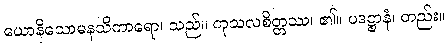
ယောနိသောမနသိကာရော၊ သည်။ ကုသလစိတ္တဿ၊ ၏။ ပဒဋ္ဌာနံ၊ တည်း။